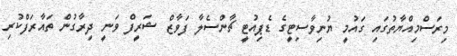
މިރަސްމިއްޔާތުގައި ގައުމީ ޔުނިވާސިޓީގެ ޑެޕިއުޓީ ޗާންސެލާ ފަވާޒް ޝަރީފް ވަނީ ދިރާގުން ތައާރަފްކުރި